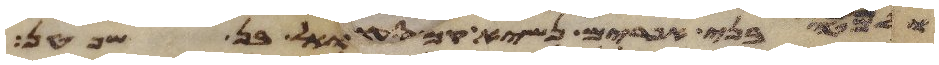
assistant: ולמטה בני אפרים נשיא קמואל בן שפטן